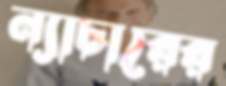
ন্যাচারের